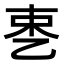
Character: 𬼥